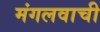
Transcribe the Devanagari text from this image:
मंगलवाची